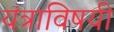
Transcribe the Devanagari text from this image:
यंत्राविषयी